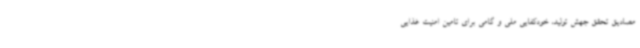
مصادیق تحقق جهش تولید، خودکفایی ملی و گامی برای تامین امنیت غذایی